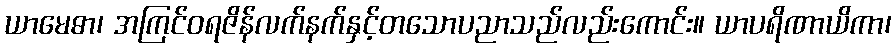
ယာမေဓာ၊ အကြင်ဝရဇိန်လက်နက်နှင့်တသောပညာသည်လည်းကောင်း။ ယာပရိဏာယိကာ၊